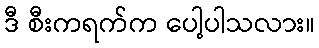
ဒီ စီးကရက်က ပေါ့ပါသလား။